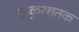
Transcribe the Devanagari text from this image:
ठाकुरशतक